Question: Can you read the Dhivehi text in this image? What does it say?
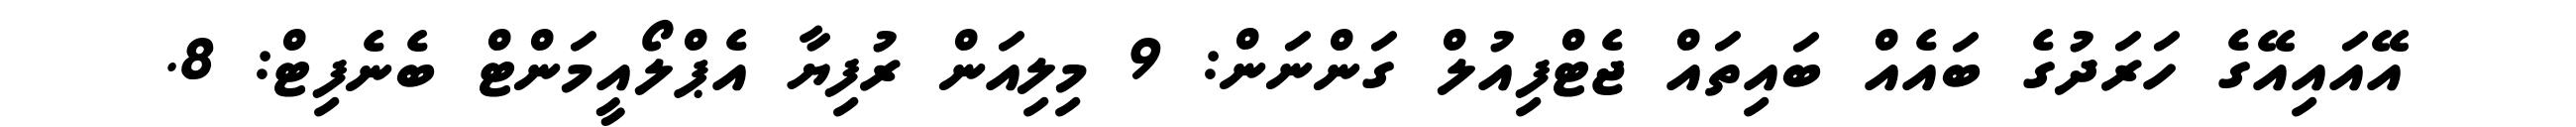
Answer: އޭއައިއޭގެ ހަރަދުގެ ބައެއް ބައިތައް ޖެޓްފިއުލް ގަންނަން: 9 މިލިއަން ރުފިޔާ އެޕްލޯއީމަންޓް ބެނެފިޓް: 8.